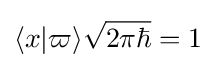
\langle x|\varpi \rangle {\sqrt {2\pi \hbar }}=1